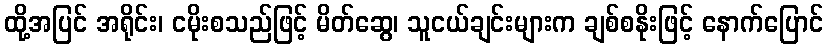
ထို့အပြင် အရိုင်း၊ ငမိုးစသည်ဖြင့် မိတ်ဆွေ၊ သူငယ်ချင်းများက ချစ်စနိုးဖြင့် နောက်ပြောင်